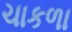
ચાકળા